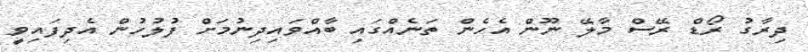
ދިރާގު ރޯޑް ރޭސް މާލޭ ނޫން އެހެން ތަނެއްގައި ބާއްވައިދިނުމަށް ފުލުހުން އެދިފައިވީ